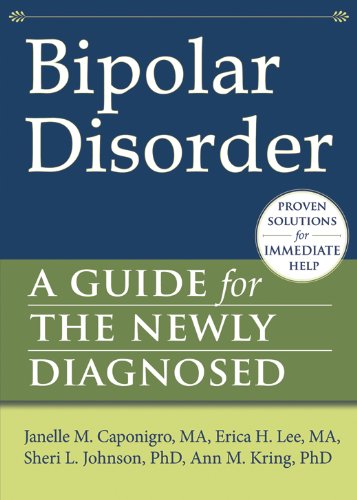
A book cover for Bipolar Disorder: A Guide for the Newly Diagnosed (The New Harbinger Guides for the Newly Diagnosed Series); Janelle M. Caponigro MA; Science & Math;